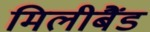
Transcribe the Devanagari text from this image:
मिलीबैंड